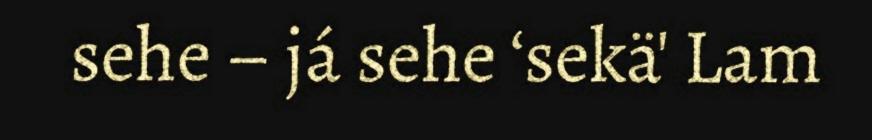
sehe – já sehe ‘sekä' Lam